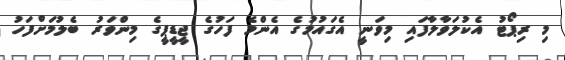
މި ރިޕޯޓު އެކުލަވާލާފައި މިވަނީ އެގައުމުގެ އެންމެ ފަހުގެ ޖީޑީޕީގެ މިންވަރު ބެލުމަށްފަހު